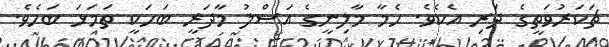
ޗަކަރުވަތީގެ ދަރި އެކެވެ. ހެމާ މާލިނީގެ އަސްލު މާދަރީ ބަހަކީ ތަމަޅަ ބަހެވެ.